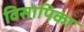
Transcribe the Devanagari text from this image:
विसापिका